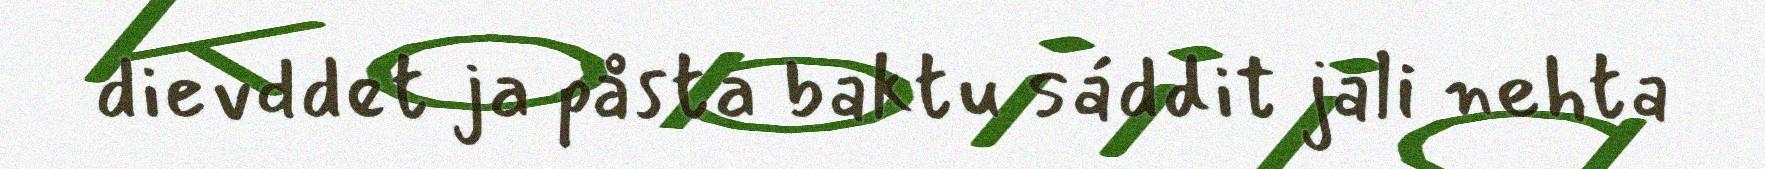
dievddet ja påsta baktu sáddit jali nehta